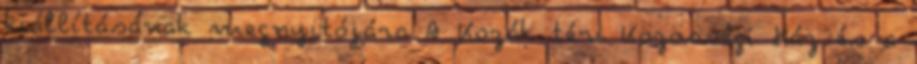
kiállításának megnyitójára A Kozák téri Közösségi Ház és a